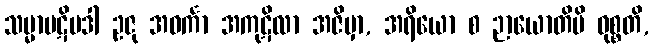
သမ္မာပဋိပဒါ ဥဇု အဝင်္ကာ အကုဋိလာ အဇိမှာ, အရိယော စ ဉာယောတိပိ ဝုစ္စတိ,